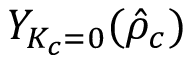
Y _ { K _ { c } = 0 } ( \hat { \rho } _ { c } )